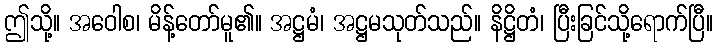
ဤသို့။ အဝေါစ၊ မိန့်တော်မူ၏။ အဋ္ဌမံ၊ အဋ္ဌမသုတ်သည်။ နိဋ္ဌိတံ၊ ပြီးခြင်သို့ရောက်ပြီ။